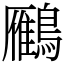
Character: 𪆒